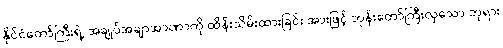
နိုင်ငံတော်ကြီးရဲ့ အချုပ်အချာအာဏာကို ထိန်းသိမ်းထားခြင်း အားဖြင့် ဘုန်းတော်ကြီးလှသော ဘုရား